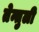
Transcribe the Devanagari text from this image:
तेन्तुली